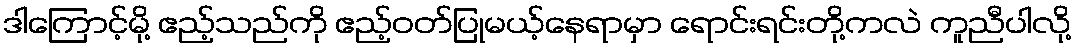
ဒါကြောင့်မို့ ဧည့်သည်ကို ဧည့်ဝတ်ပြုမယ့်နေရာမှာ ရောင်းရင်းတို့ကလဲ ကူညီပါလို့